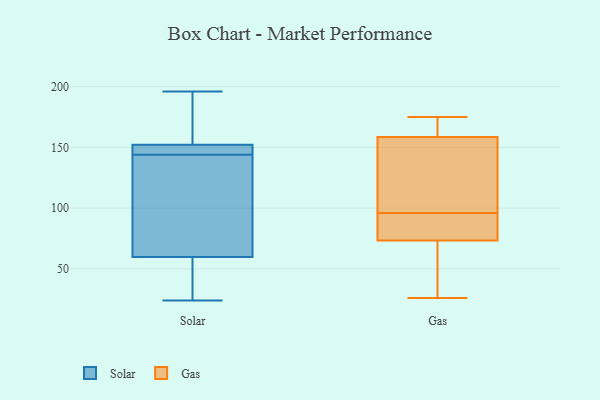
{"axis": {"x": "Shipments", "y": "Value"}, "legend": ["Gas", "Solar"], "data": [{"x": "", "y": 51, "type": "Solar"}, {"x": "", "y": 49, "type": "Solar"}, {"x": "", "y": 153, "type": "Solar"}, {"x": "", "y": 24, "type": "Solar"}, {"x": "", "y": 144, "type": "Solar"}, {"x": "", "y": 196, "type": "Solar"}, {"x": "", "y": 150, "type": "Solar"}, {"x": "", "y": 144, "type": "Solar"}, {"x": "", "y": 128, "type": "Solar"}, {"x": "", "y": 158, "type": "Solar"}, {"x": "", "y": 86, "type": "Solar"}, {"x": "", "y": 117, "type": "Gas"}, {"x": "", "y": 91, "type": "Gas"}, {"x": "", "y": 26, "type": "Gas"}, {"x": "", "y": 167, "type": "Gas"}, {"x": "", "y": 157, "type": "Gas"}, {"x": "", "y": 87, "type": "Gas"}, {"x": "", "y": 56, "type": "Gas"}, {"x": "", "y": 96, "type": "Gas"}, {"x": "", "y": 163, "type": "Gas"}, {"x": "", "y": 43, "type": "Gas"}, {"x": "", "y": 159, "type": "Gas"}, {"x": "", "y": 175, "type": "Gas"}, {"x": "", "y": 99, "type": "Gas"}, {"x": "", "y": 89, "type": "Gas"}, {"x": "", "y": 64, "type": "Gas"}, {"x": "", "y": 166, "type": "Gas"}, {"x": "", "y": 71, "type": "Gas"}, {"x": "", "y": 80, "type": "Gas"}, {"x": "", "y": 156, "type": "Gas"}]}